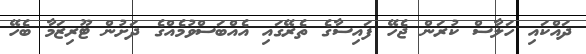
ދައްކައި ހަލާސް ކުރަން ޖެހޭ ފައިސާގެ ތެރޭގައި އެއްބަސްވުމެއްގެ ދަށުން ޓޫރިޒަމާ ބެހޭ